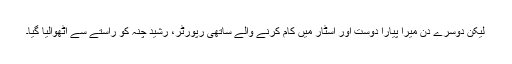
لیکن دوسرے دن میرا پیارا دوست اور اسٹار میں کام کرنے والے ساتھی رپورٹر، رشید چنہ کو راستے سے اٹھوالیا گیا۔